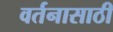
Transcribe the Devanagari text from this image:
वर्तनासाठी